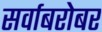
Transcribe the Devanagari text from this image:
सर्वाबरोबर